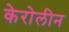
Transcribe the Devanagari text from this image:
केरोलीन